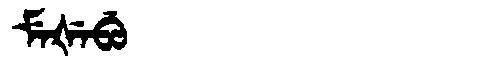
Manchu: ᠮᡝᡧᡝᠪᡠ
Romanization: MEŠEBU